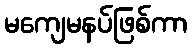
မကျေမနပ်ဖြစ်ကာ